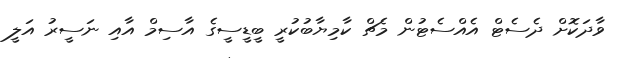
ވާދަކޮށް ދެސެޓް އެއްސެޓުން މެޗް ކާމިޔާބުކުރީ ބީޑީސީގެ އާސިމް އާއި ނަސީރު އަލީ